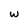
Character: w